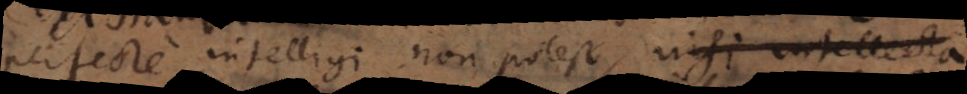
perfecte intelligi non potest, nisi intellecta